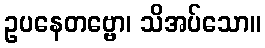
ဥပနေတဗ္ဗော၊ သိအပ်သော။